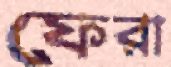
ফেরা